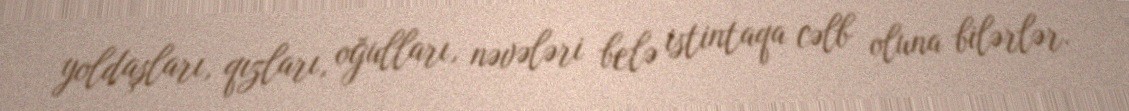
yoldaşları, qızları, oğulları, nəvələri belə istintaqa cəlb oluna bilərlər.